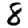
Digit: 8